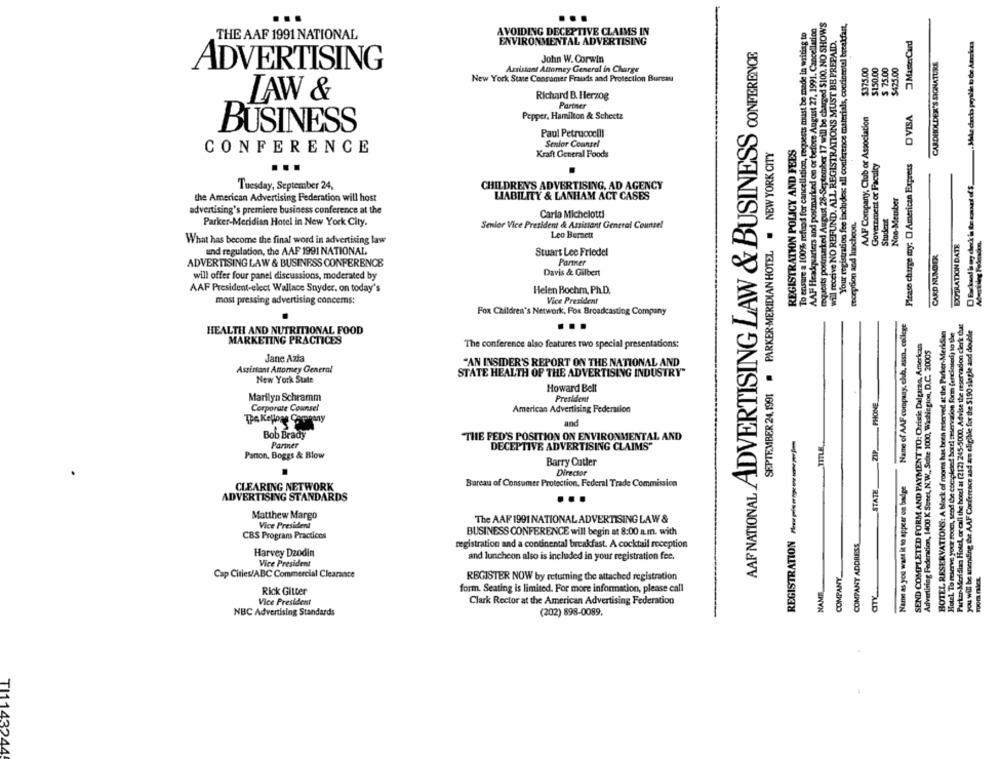
requests postmarked August 28-September 17 will be charged $100. NO SHOWS
AAF Headquarters and postmarked on or before August 27, 1991. Cancellation
Your registration fee includes: all conference materials, continental breakfast,
AVOIDING DECEPTIVE CLAIMS IN
To ensure a 100% refund for cancellation, requests must be made in writing to
THE AAF 1991 NATIONAL
I receive NO REFUND. ALL REGISTRATIONS MUST BE PREPAID.
MasterCard
ENVIRONMENTAL ADVERTISING
AAR NATIONAL ADVERTISING LAW & BUSINESS CONFERENCE
John W. Corwin
$375.00
$150,00
$ 75.00
$425.00
CARDHOLDER'S SIGNATURE
ADVERTISING
Assistant Attorney General in Charge
New York State Consumer Frauds and Protection Bureau
TAW &
Richard B. Herzog
Partner
AAF Company, Club or Association
Please charge my: [ American Express O VISA
Pepper, Hamilton & Scheetz
BUSINESS
Paul Petrucoclli
Senfor Counsel
REGISTRATION POLICY AND FEES
CONFERENCE
SEPTEMBER 24,1991 # PARKER-MERIDIAN HOTEL . NEW YORK CITY
Kraft General Foods
Government or Faculty
Tuesday, September 24,
CHILDREN'S ADVERTISING, AD AGENCY
the American Advertising Federation will host
LIABILITY & LANHAM ACT CASES
Non-Member
advertising's premiere business conference at the
Carla Michelotti
Student
reception and luncheon.
Parker-Meridian Hotel in New York City.
Senior Vice President & Assistant General Counsel
Leo Burnett
What has become the final word in advertising law
EXPIRATION DATE
and regulation, the AAF 1991 NATIONAL
CARD NUMBER
Stuart Lee Friedel
ADVERTISING LAW & BUSINESS CONFERENCE
Partner
Davis & Gilbert
will offer four panel discussions, moderated by
AAF President-elect Wallace Snyder. on today's
Helen Bochm, Ph.D.
most pressing advertising concerns:
Vice President
Fox Children's Network, Fox Broadcasting Company
Name of AAF company, chla, assa .. college
Parker-Meridian Hotel, or call the hotel at (212) 245-5000. Advise the reservacion clerk thut
HOTEL RESERVATIONS: A block of rooms has been reserved at the Parker-Meridian
Hotel To reserve your mom, send be completed hotel seservation form (enclosed) to the
you will be anending the AAF Conference aad are eligible for the 5190 slagle and double
HEALTH AND NUTRITIONAL FOOD
MARKETING PRACTICES
SEND COMPLETED FORM AND PAYMENT TO: Chrisic Dalgaraa, American
The conference also features two special presentations:
Advertising Federation, 1400 K Sweet, N.W ., Selite 1000, Wistiegion, D.C. 20005
Jane Azia
"AN INSIDER'S REPORT ON THE NATIONAL AND
Assistant Attorney General
STATE HEALTH OF THE ADVERTISING INDUSTRY"
New York State
Howard Bell
Marilyn Schramm
President
PHONE
Corporate Counsel
American Advertising Federation
Tpa Kellone Company
and
Bob Brady
THE FED'S POSITION ON ENVIRONMENTAL AND
REGISTRATION nospeisengewesene perjim
Partner
DECEPTIVE ADVERTISING CLAIMS"
Paton, Boggs & Blow
Barry Cutler
Director
CLEARING NETWORK
Bareau of Consumer Protection, Federal Trade Commission
STATE
Name as you want it to appear on badge
ADVERTISING STANDARDS
Matthew Margo
Vice President
The AAF 1991 NATIONAL ADVERTISING LAW &
BUSINESS CONFERENCE will begin at 8:00 a.m. with
CBS Programs Practices
COMPANY ADDRESS
registration and a continental breakfast. A cocktail reception
Harvey Dzodin
and luncheon also is included in your registration fee.
Vice President
COMPANY
Cap Cities/ABC Commercial Clearance
REGISTER NOW by retuming the attached registration
suora nies.
NAME
aTY
Rick Gitter
form. Seating is limited. For more information, please call
Clark Rector at the American Advertising Federation
Vice President
NBC Advertising Standards
(202) 898-0089.
TI1143244